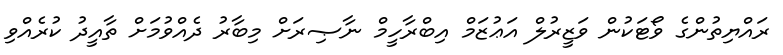
ރައްޔިތުންގެ ވޯޓަކުން ވަޒީރުލް އަޢުޒަމް އިބްރާހީމް ނާޞިރަށް މިބާރު ދެއްވުމަށް ތާއީދު ކުރެއްވި